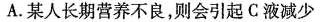
A. 某人长期营养不良，则会引起 C 液减少